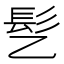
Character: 𫘸